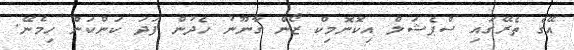
އޭގެ ތެރޭގައި ސްޕެޝަލް އިކޮނޮމިކް ޒޯން ގާނޫނު ހެދުން ފަދަ ކަންކަން ހިމެނޭ.